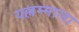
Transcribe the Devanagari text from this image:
यल्लम्माला